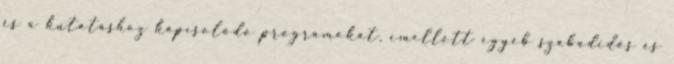
és a kutatáshoz kapcsolódó programokat, emellett egyéb szabadidős és